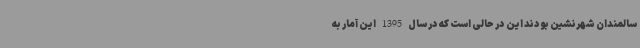
سالمندان شهرنشین بودند این در حالی است که در سال 1395 این آمار به